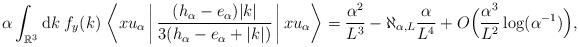
LaTeX: \begin{align*} \alpha \int_{\mathbb{R}^3} \mathrm{d} k \; f_y(k) \, \left\langle x u_{\alpha}\,\bigg|\, \frac{(h_{\alpha}-e_{\alpha})|k|}{3(h_{\alpha}-e_{\alpha}+|k|)}\,\bigg|\, x u_{\alpha} \right\rangle =\frac{\alpha^2}{L^3} - \aleph_{\alpha,L}\frac{\alpha}{L^4} + O\Big( \frac{\alpha^3}{L^2}\log(\alpha^{-1})\Big),\end{align*}